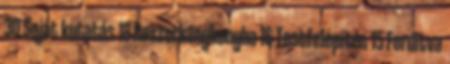
30 Saját kutatás 18 Boszorkánykonyha 16 Testfelépítés 15 Fordítva